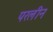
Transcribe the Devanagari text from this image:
परलीन